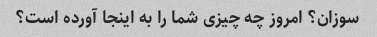
سوزان؟ امروز چه چیزی شما را به اینجا آورده است؟